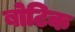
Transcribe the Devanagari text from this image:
बोटिक